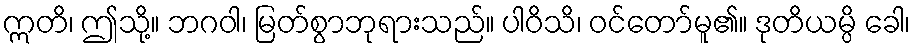
ဣတိ၊ ဤသို့။ ဘဂဝါ၊ မြတ်စွာဘုရားသည်။ ပါဝိသိ၊ ဝင်တော်မူ၏။ ဒုတိယမ္ပိ ခေါ၊